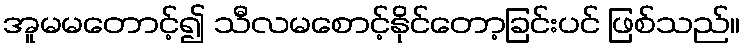
အူမမတောင့်၍ သီလမစောင့်နိုင်တော့ခြင်းပင် ဖြစ်သည်။